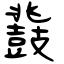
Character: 鼗